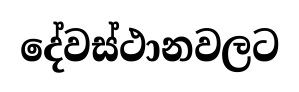
දේවස්ථානවලට